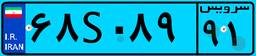
۰۰S۹۵۷۸۱